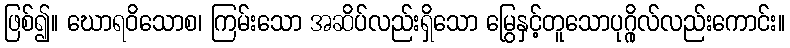
ဖြစ်၍။ ဃောရဝိသောစ၊ ကြမ်းသော အဆိပ်လည်းရှိသော မြွေနှင့်တူသောပုဂ္ဂိုလ်လည်းကောင်း။